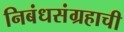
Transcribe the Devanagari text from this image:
निबंधसंग्रहाची